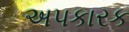
અપકારક